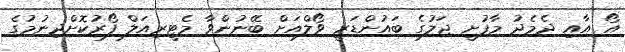
އޯ އާއި ދެމެދު މާފުށީ ޖަލުގެ ބައުންޑަރީ ވޯލްއަށް ބޭނުންވާ މެޓީރިއަލް ފޯރުކޮށްދިނުމުގެ